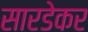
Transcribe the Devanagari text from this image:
सारडेकर